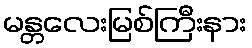
မန္တလေးမြစ်ကြီးနား